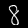
Label: 8